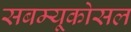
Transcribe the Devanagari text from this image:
सबम्‍यूकोसल